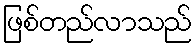
ဖြစ်တည်လာသည်